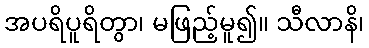
အပရိပူရိတွာ၊ မဖြည့်မူ၍။ သီလာနိ၊